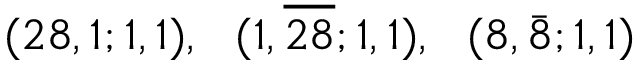
( 2 8 , 1 ; 1 , 1 ) , ~ ~ ( 1 , \overline { { { 2 8 } } } ; 1 , 1 ) , ~ ~ ( 8 , \bar { 8 } ; 1 , 1 )